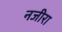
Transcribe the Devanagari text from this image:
नजीरा